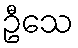
ဦသေ